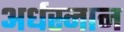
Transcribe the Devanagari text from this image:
अर्धस्नान